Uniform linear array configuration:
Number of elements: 16
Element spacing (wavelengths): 0.75
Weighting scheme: hann
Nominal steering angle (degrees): -60
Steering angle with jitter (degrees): -59.561
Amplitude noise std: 0.05
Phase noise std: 0.05

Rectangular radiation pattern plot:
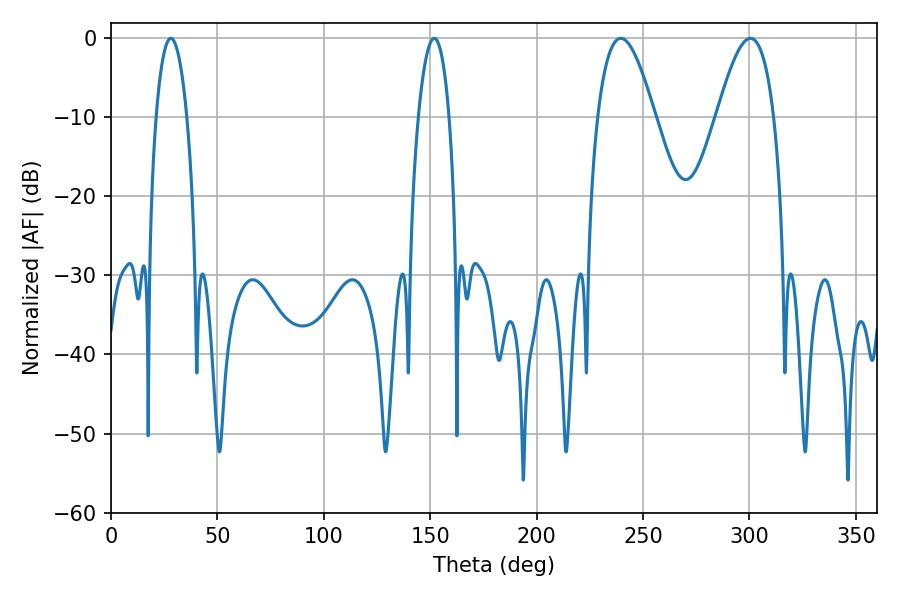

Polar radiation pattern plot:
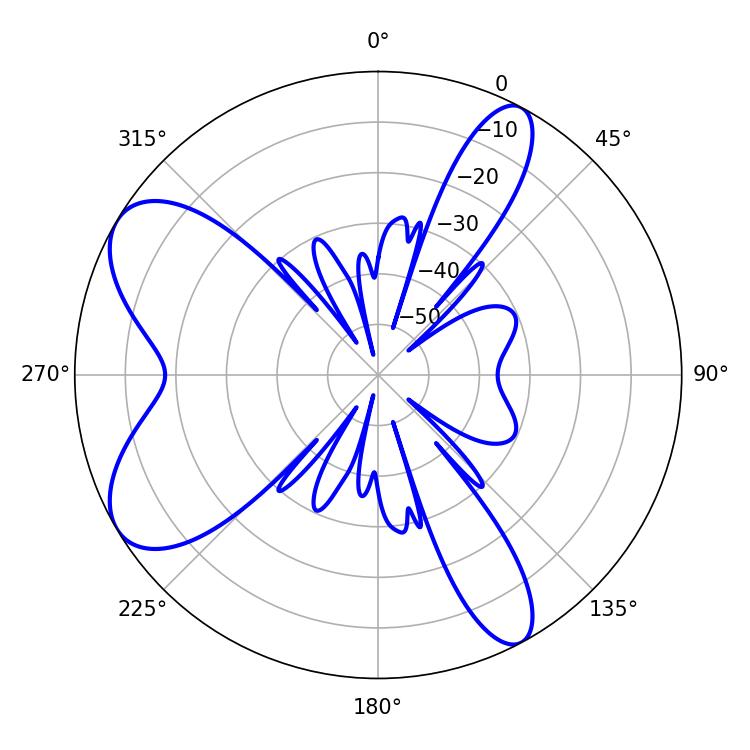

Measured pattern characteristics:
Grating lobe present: TRUE
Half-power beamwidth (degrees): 14.58
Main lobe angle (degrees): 239.58